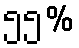
၅၅%